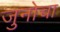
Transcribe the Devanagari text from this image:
जुनोचा